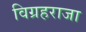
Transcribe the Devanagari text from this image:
विग्रहराजा